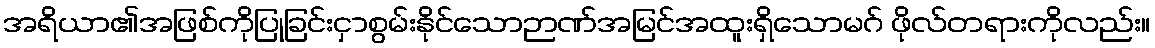
အရိယာ၏အဖြစ်ကိုပြုခြင်းငှာစွမ်းနိုင်သောဉာဏ်အမြင်အထူးရှိသောမဂ် ဖိုလ်တရားကိုလည်း။